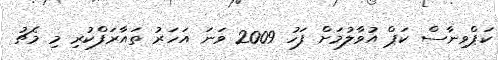
ކަޕްވިނާސް ކަޕް އުވާލުމަށް ފަހު 2009 ވަނަ އަހަރު ތައާރަފްކުރި މި މެޗު